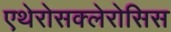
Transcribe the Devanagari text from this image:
एथेरोसक्लेरोसिस